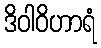
ဒိဝါဝိဟာရံ